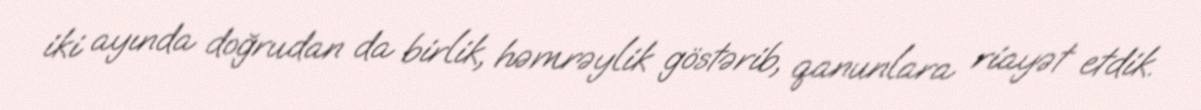
iki ayında doğrudan da birlik, həmrəylik göstərib, qanunlara riayət etdik.